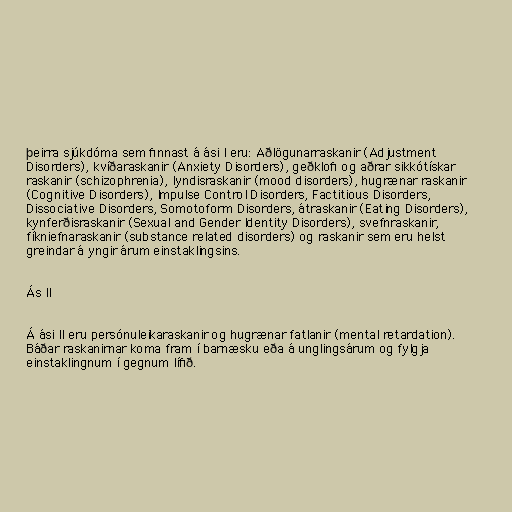
þeirra sjúkdóma sem finnast á ási I eru: Aðlögunarraskanir (Adjustment
Disorders), kvíðaraskanir (Anxiety Disorders), geðklofi og aðrar sikkótískar
raskanir (schizophrenia), lyndisraskanir (mood disorders), hugrænar raskanir
(Cognitive Disorders), Impulse Control Disorders, Factitious Disorders,
Dissociative Disorders, Somotoform Disorders, átraskanir (Eating Disorders),
kynferðisraskanir (Sexual and Gender Identity Disorders), svefnraskanir,
fíkniefnaraskanir (substance related disorders) og raskanir sem eru helst
greindar á yngir árum einstaklingsins.

Ás II

Á ási II eru persónuleikaraskanir og hugrænar fatlanir (mental retardation).
Báðar raskanirnar koma fram í barnæsku eða á unglingsárum og fylgja
einstaklingnum í gegnum lífið.